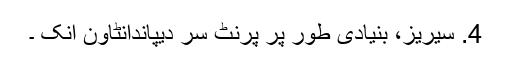
4. سیریز، بنیادی طور پر پرنٹ سر دیپاندانٹاون انک ۔